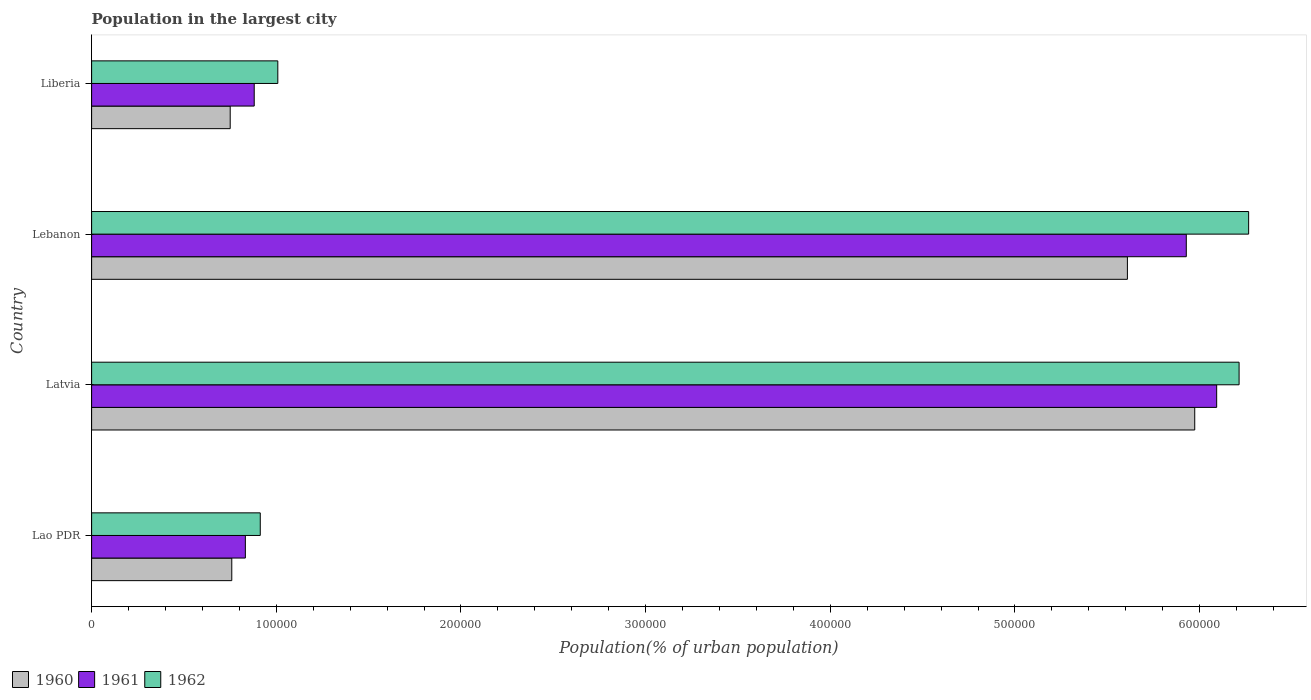
| Country | 1960 | 1961 | 1962 |
 | --- | --- | --- | --- |
 | Lao PDR | 7.59e+04 | 8.33e+04 | 9.13e+04 |
 | Latvia | 5.97e+05 | 6.09e+05 | 6.21e+05 |
 | Lebanon | 5.61e+05 | 5.93e+05 | 6.27e+05 |
 | Liberia | 7.51e+04 | 8.81e+04 | 1.01e+05 |